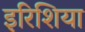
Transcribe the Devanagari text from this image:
इरिशिया